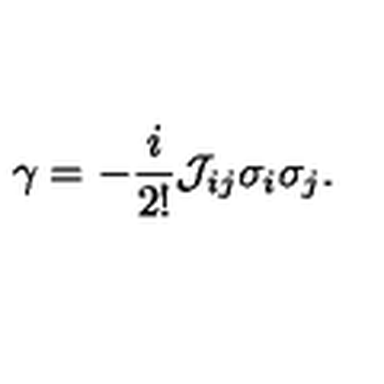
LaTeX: { \gamma } = - \frac { i } { 2 ! } { \cal J } _ { i j } { \sigma } _ { i } { \sigma } _ { j } .